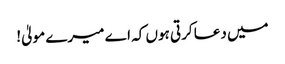
میں دعا کرتی ہوں کہ اے میرے مولیٰ!